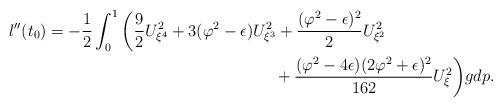
LaTeX: \begin{align*} l''(t_0)&=-\frac{1}{2}\int^1_0\bigg(\frac{9}{2}U_{\xi^4}^2+3(\varphi^2-\epsilon)U_{\xi^3}^2+\frac{ (\varphi^2-\epsilon)^2}{2}U_{\xi^2}^2\\ &\qquad\qquad\qquad\qquad\qquad\qquad\qquad+\frac{(\varphi^2-4\epsilon)(2\varphi^2+\epsilon)^2}{162}U_{\xi}^2\bigg)gdp. \end{align*}